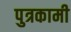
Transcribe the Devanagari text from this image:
पुत्रकामी